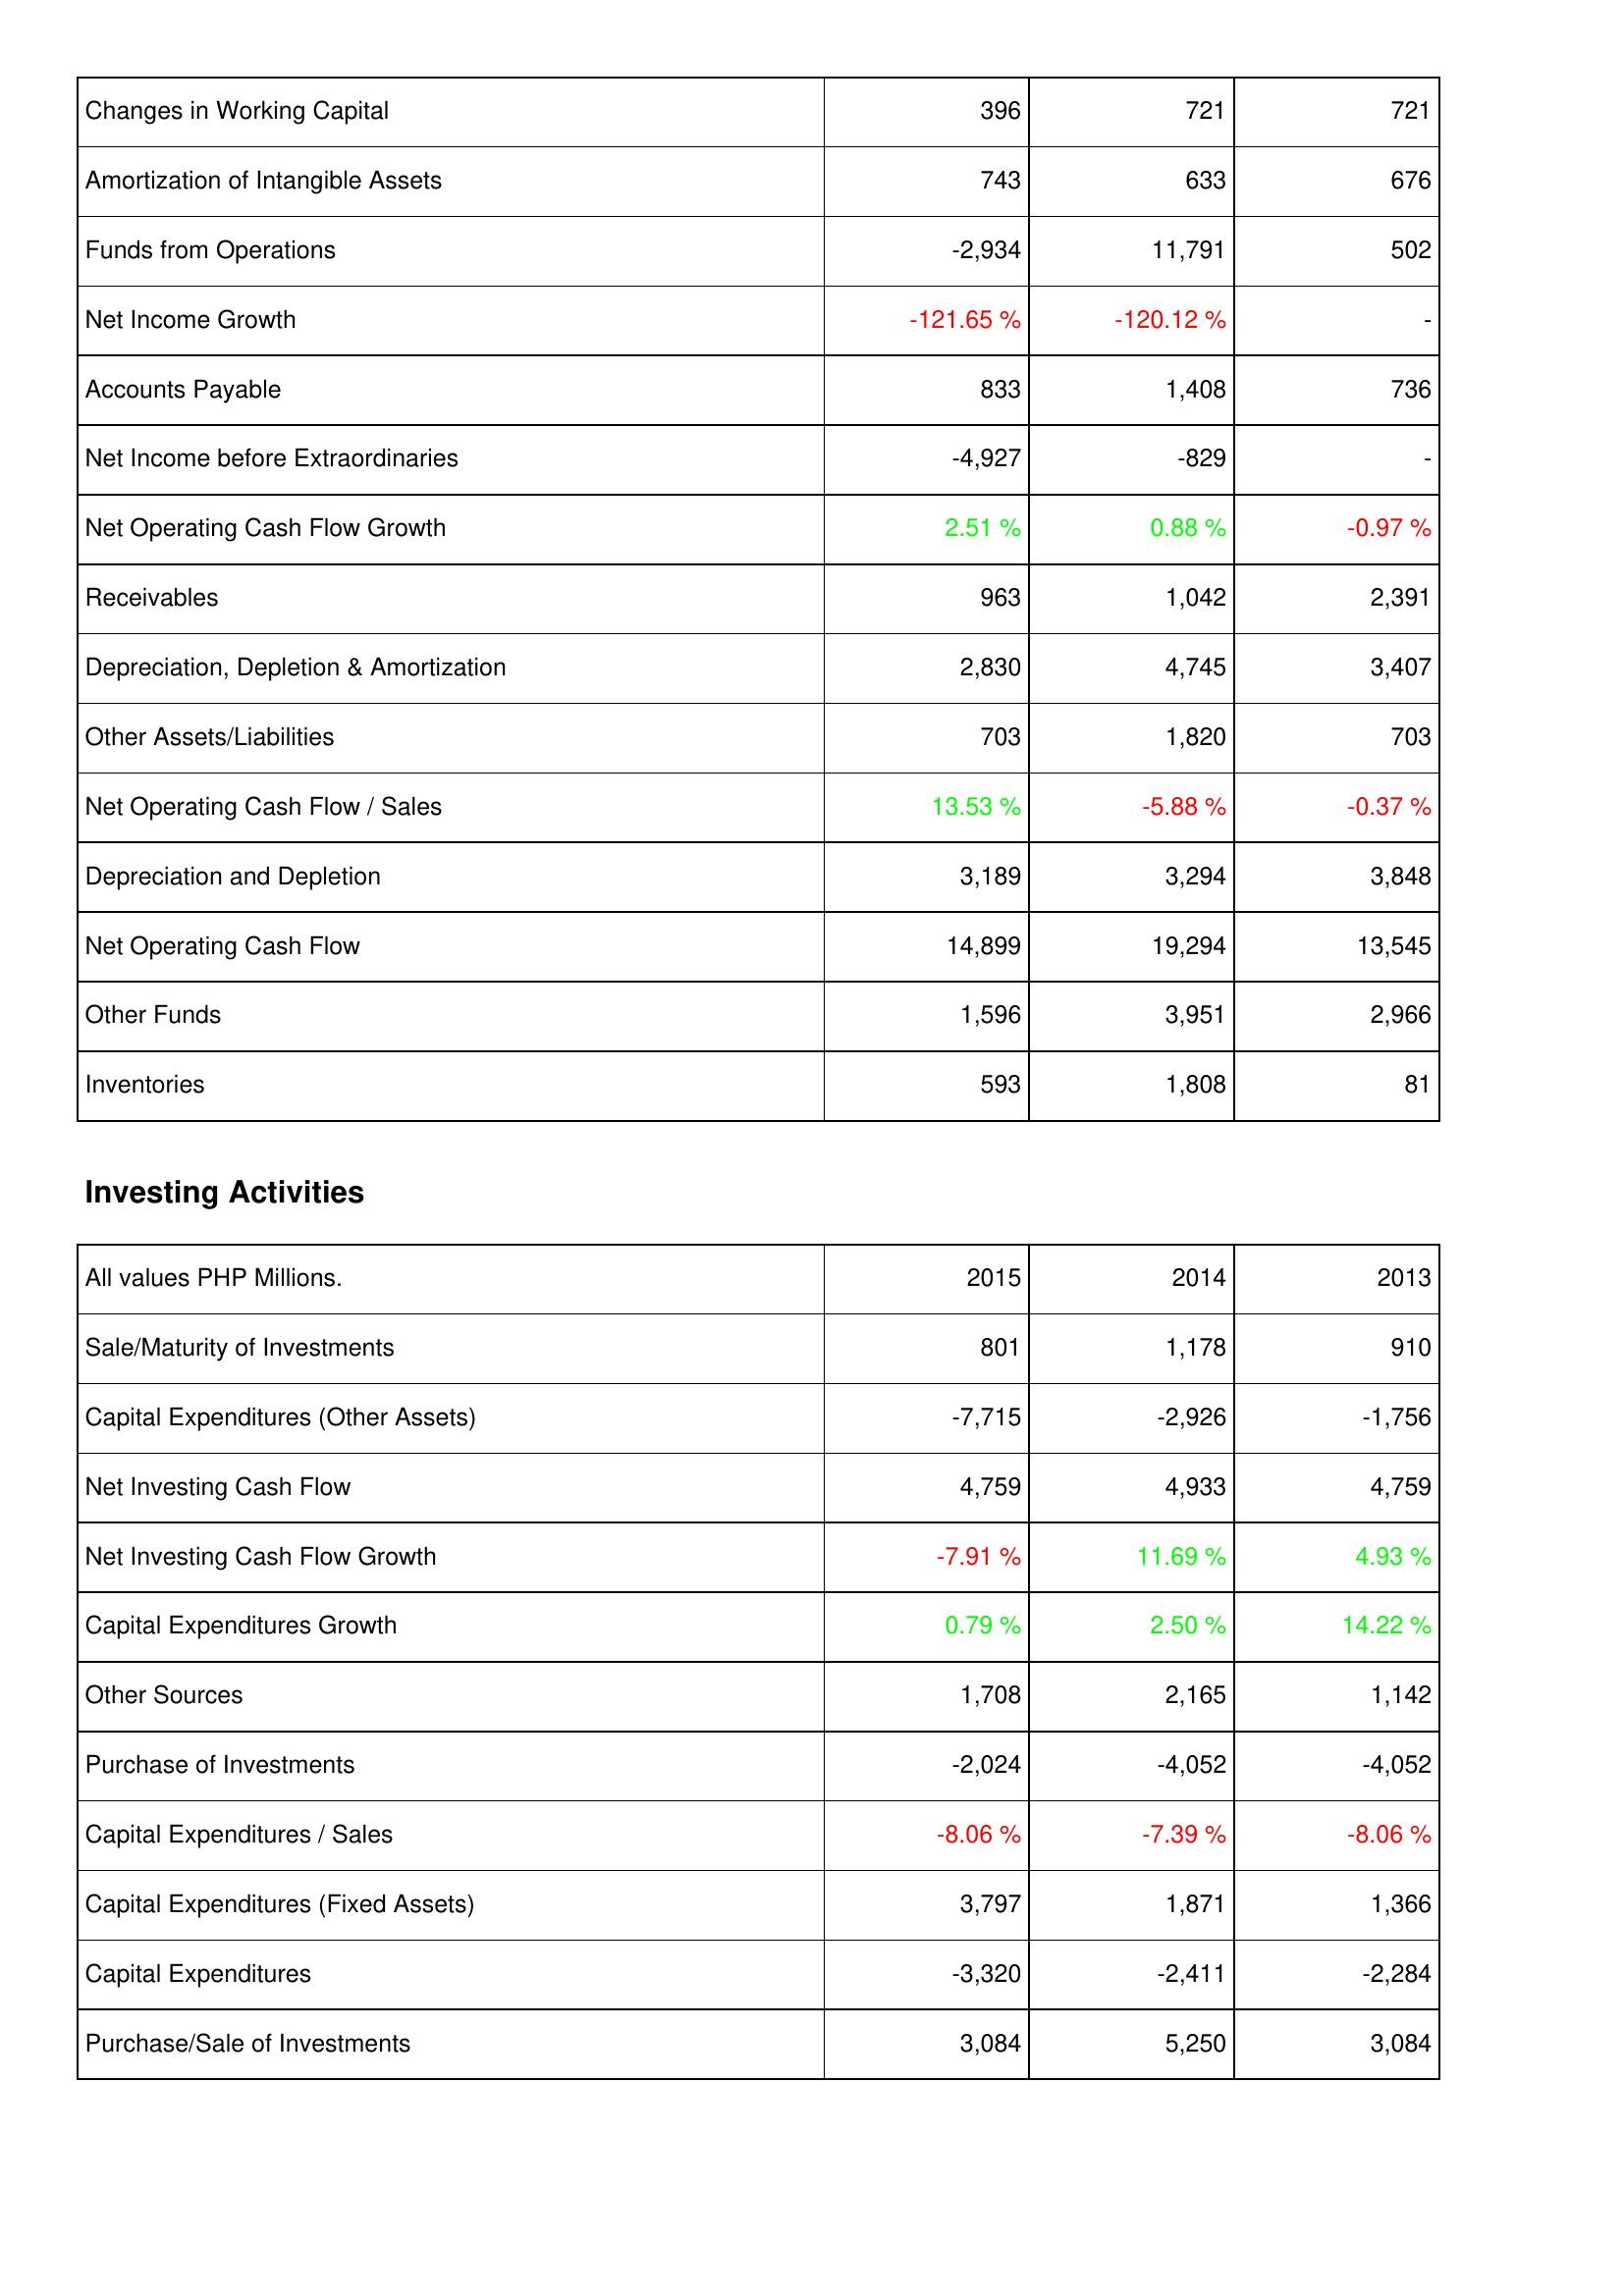
2015: Operating Activities: Changes in Working Capital: 396
Amortization of Intangible Assets: 743
Funds from Operations: -2,934
Net Income Growth: -121.65 %
Accounts Payable: 833
Net Income before Extraordinaries: -4,927
Net Operating Cash Flow Growth: 2.51 %
Receivables: 963
Depreciation, Depletion & Amortization: 2,830
Other Assets/Liabilities: 703
Net Operating Cash Flow / Sales: 13.53 %
Depreciation and Depletion: 3,189
Net Operating Cash Flow: 14,899
Other Funds: 1,596
Inventories: 593
Investing Activities: Sale/Maturity of Investments: 801
Capital Expenditures (Other Assets): -7,715
Net Investing Cash Flow: 4,759
Net Investing Cash Flow Growth: -7.91 %
Capital Expenditures Growth: 0.79 %
Other Sources: 1,708
Purchase of Investments: -2,024
Capital Expenditures / Sales: -8.06 %
Capital Expenditures (Fixed Assets): 3,797
Capital Expenditures: -3,320
Purchase/Sale of Investments: 3,084
2014: Operating Activities: Changes in Working Capital: 721
Amortization of Intangible Assets: 633
Funds from Operations: 11,791
Net Income Growth: -120.12 %
Accounts Payable: 1,408
Net Income before Extraordinaries: -829
Net Operating Cash Flow Growth: 0.88 %
Receivables: 1,042
Depreciation, Depletion & Amortization: 4,745
Other Assets/Liabilities: 1,820
Net Operating Cash Flow / Sales: -5.88 %
Depreciation and Depletion: 3,294
Net Operating Cash Flow: 19,294
Other Funds: 3,951
Inventories: 1,808
Investing Activities: Sale/Maturity of Investments: 1,178
Capital Expenditures (Other Assets): -2,926
Net Investing Cash Flow: 4,933
Net Investing Cash Flow Growth: 11.69 %
Capital Expenditures Growth: 2.50 %
Other Sources: 2,165
Purchase of Investments: -4,052
Capital Expenditures / Sales: -7.39 %
Capital Expenditures (Fixed Assets): 1,871
Capital Expenditures: -2,411
Purchase/Sale of Investments: 5,250
2013: Operating Activities: Changes in Working Capital: 721
Amortization of Intangible Assets: 676
Funds from Operations: 502
Net Income Growth: -
Accounts Payable: 736
Net Income before Extraordinaries: -
Net Operating Cash Flow Growth: -0.97 %
Receivables: 2,391
Depreciation, Depletion & Amortization: 3,407
Other Assets/Liabilities: 703
Net Operating Cash Flow / Sales: -0.37 %
Depreciation and Depletion: 3,848
Net Operating Cash Flow: 13,545
Other Funds: 2,966
Inventories: 81
Investing Activities: Sale/Maturity of Investments: 910
Capital Expenditures (Other Assets): -1,756
Net Investing Cash Flow: 4,759
Net Investing Cash Flow Growth: 4.93 %
Capital Expenditures Growth: 14.22 %
Other Sources: 1,142
Purchase of Investments: -4,052
Capital Expenditures / Sales: -8.06 %
Capital Expenditures (Fixed Assets): 1,366
Capital Expenditures: -2,284
Purchase/Sale of Investments: 3,084